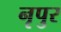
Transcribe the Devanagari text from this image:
नृपुर